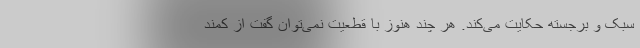
سبک و برجسته حکایت می‌کند. هر چند هنوز با قطعیت نمی‌توان گفت از کمند